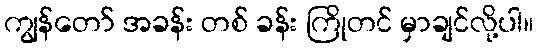
ကျွန်တော် အခန်း တစ် ခန်း ကြိုတင် မှာချင်လို့ပါ။